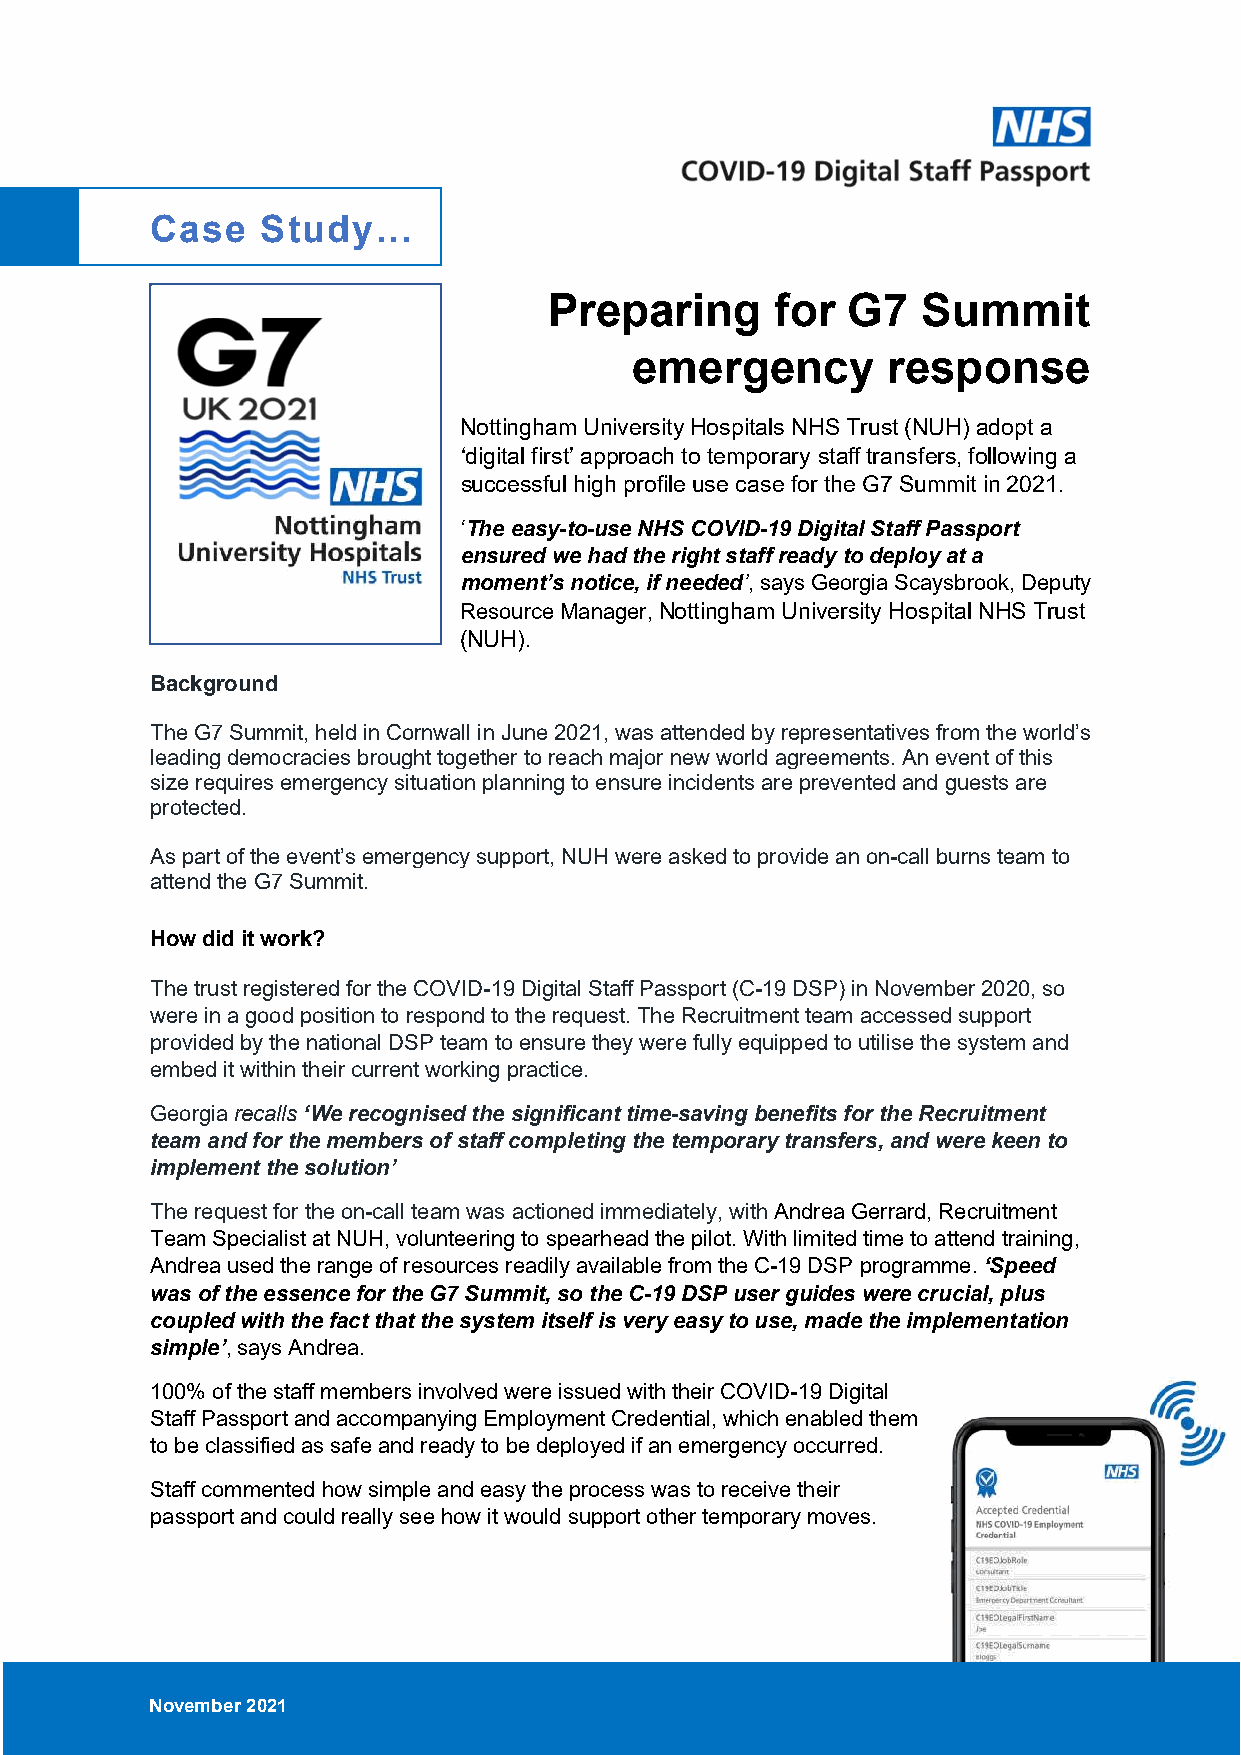
Case   Study…
 Preparing      for  G7   Summit
 emergency        response
 Nottingham University Hospitals NHS Trust (NUH) adopt a
 ‘digital first’ approach to temporary staff transfers, following a
 successful high profile use case for the G7 Summit in 2021.
 ‘The easy-to-use NHS COVID-19 Digital Staff Passport
 ensured we had the right staff ready to deploy at a
 moment’s notice, if needed’, says Georgia Scaysbrook, Deputy
 Resource Manager, Nottingham University Hospital NHS Trust
 (NUH).
 Background
 The G7 Summit, held in Cornwall in June 2021, was attended by representatives from the world’s
 leading democracies brought together to reach major new world agreements. An event of this
 size requires emergency situation planning to ensure incidents are prevented and guests are
 protected.
 As part of the event’s emergency support, NUH were asked to provide an on-call burns team to
 attend the G7 Summit.
 How did it work?
 The trust registered for the COVID-19 Digital Staff Passport (C-19 DSP) in November 2020, so
 were in a good position to respond to the request. The Recruitment team accessed support
 provided by the national DSP team to ensure they were fully equipped to utilise the system and
 embed it within their current working practice.
 Georgia recalls ‘We recognised the significant time-saving benefits for the Recruitment
 team and for the members of staff completing the temporary transfers, and were keen to
 implement the solution’
 The request for the on-call team was actioned immediately, with Andrea Gerrard, Recruitment
 Team Specialist at NUH, volunteering to spearhead the pilot. With limited time to attend training,
 Andrea used the range of resources readily available from the C-19 DSP programme. ‘Speed
 was of the essence for the G7 Summit, so the C-19 DSP user guides were crucial, plus
 coupled with the fact that the system itself is very easy to use, made the implementation
 simple’, says Andrea.
 100% of the staff members involved were issued with their COVID-19 Digital
 Staff Passport and accompanying Employment Credential, which enabled them
 to be classified as safe and ready to be deployed if an emergency occurred.
 Staff commented how simple and easy the process was to receive their
 passport and could really see how it would support other temporary moves.
 November 2021